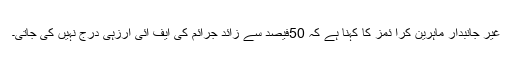
غیر جانبدار ماہرین کرا ئمز کا کہنا ہے کہ 50فیصد سے زائد جرائم کی ایف آئی آرزہی درج نہیں کی جاتی۔